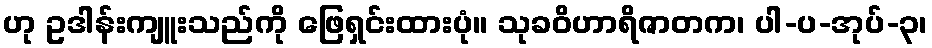
ဟု ဥဒါန်းကျူးသည်ကို ဖြေရှင်းထားပုံ။ သုခဝိဟာရိဇာတက၊ ပါ-ပ-အုပ်-၃၊